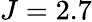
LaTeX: J=2.7